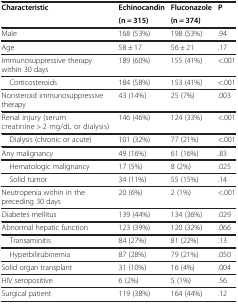
<table><thead><tr><td rowspan="2"><b>Characteristic</b></td><td><b>Echinocandin</b></td><td><b>Fluconazole</b></td><td rowspan="2"><b>P</b></td></tr><tr><td><b>(n = 315)</b></td><td><b>(n = 374)</b></td></tr></thead><tbody><tr><td>Male</td><td>168 (53%)</td><td>198 (53%)</td><td>.94</td></tr><tr><td>Age</td><td>58 ± 17</td><td>56 ± 21</td><td>.17</td></tr><tr><td>Immunosuppressive therapy within 30 days</td><td>189 (60%)</td><td>155 (41%)</td><td>&lt;.001</td></tr><tr><td> Corticosteroids</td><td>184 (58%)</td><td>153 (41%)</td><td>&lt;.001</td></tr><tr><td>Nonsteroid immunosuppressive therapy</td><td>43 (14%)</td><td>25 (7%)</td><td>.003</td></tr><tr><td>Renal injury (serum creatinine &gt; 2 mg/dL or dialysis)</td><td>146 (46%)</td><td>124 (33%)</td><td>&lt;.001</td></tr><tr><td> Dialysis (chronic or acute)</td><td>101 (32%)</td><td>77 (21%)</td><td>&lt;.001</td></tr><tr><td>Any malignancy</td><td>49 (16%)</td><td>61 (16%)</td><td>.83</td></tr><tr><td> Hematologic malignancy</td><td>17 (5%)</td><td>8 (2%)</td><td>.025</td></tr><tr><td> Solid tumor</td><td>34 (11%)</td><td>55 (15%)</td><td>.14</td></tr><tr><td>Neutropenia within in the preceding 30 days</td><td>20 (6%)</td><td>2 (1%)</td><td>&lt;.001</td></tr><tr><td>Diabetes mellitus</td><td>139 (44%)</td><td>134 (36%)</td><td>.029</td></tr><tr><td>Abnormal hepatic function</td><td>123 (39%)</td><td>120 (32%)</td><td>.066</td></tr><tr><td> Transaminitis</td><td>84 (27%)</td><td>81 (22%)</td><td>.13</td></tr><tr><td> Hyperbilirubinemia</td><td>87 (28%)</td><td>79 (21%)</td><td>.050</td></tr><tr><td>Solid organ transplant</td><td>31 (10%)</td><td>16 (4%)</td><td>.004</td></tr><tr><td>HIV seropositive</td><td>6 (2%)</td><td>5 (1%)</td><td>.56</td></tr><tr><td>Surgical patient</td><td>119 (38%)</td><td>164 (44%)</td><td>.12</td></tr></tbody></table>